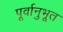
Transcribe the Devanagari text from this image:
पूर्वानुभूत